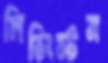
লিভিংস্টন